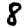
Digit: 8